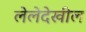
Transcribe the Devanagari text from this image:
लेलेदेखील